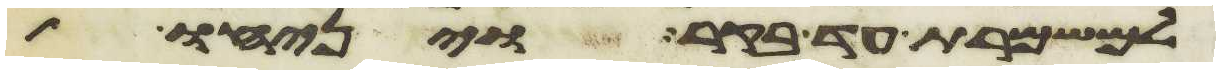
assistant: למשמרת עד בקר ויניחו